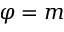
\varphi = m